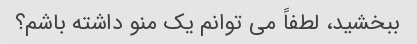
ببخشید، لطفاً می توانم یک منو داشته باشم؟